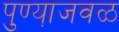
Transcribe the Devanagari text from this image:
पुण्या़जवळ